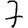
Digit: 7